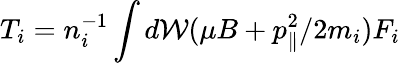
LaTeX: T_{i}=n_{i}^{-1}\int d\mathcal{W}(\mu B+p_{\parallel}^{2}/2m_{i})F_{i}